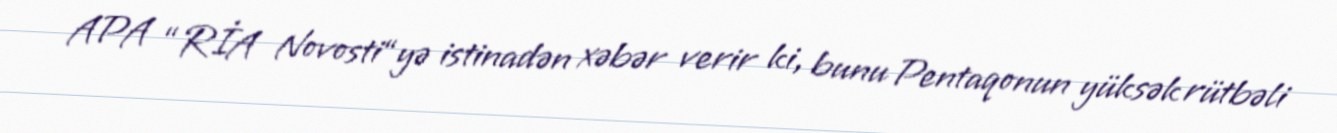
APA “RİA Novosti“yə istinadən xəbər verir ki, bunu Pentaqonun yüksək rütbəli